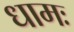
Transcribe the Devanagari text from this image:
धामः